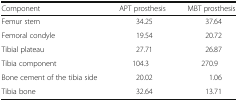
<table><thead><tr><td><b>Component</b></td><td><b>APT prosthesis</b></td><td><b>MBT prosthesis</b></td></tr></thead><tbody><tr><td>Femur stem</td><td>34.25</td><td>37.64</td></tr><tr><td>Femoral condyle</td><td>19.54</td><td>20.72</td></tr><tr><td>Tibial plateau</td><td>27.71</td><td>26.87</td></tr><tr><td>Tibia component</td><td>104.3</td><td>270.9</td></tr><tr><td>Bone cement of the tibia side</td><td>20.02</td><td>1.06</td></tr><tr><td>Tibia bone</td><td>32.64</td><td>13.71</td></tr></tbody></table>